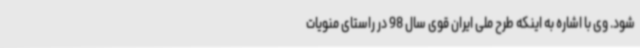
شود. وی با اشاره به اینکه طرح ملی ایران قوی سال 98 در راستای منویات